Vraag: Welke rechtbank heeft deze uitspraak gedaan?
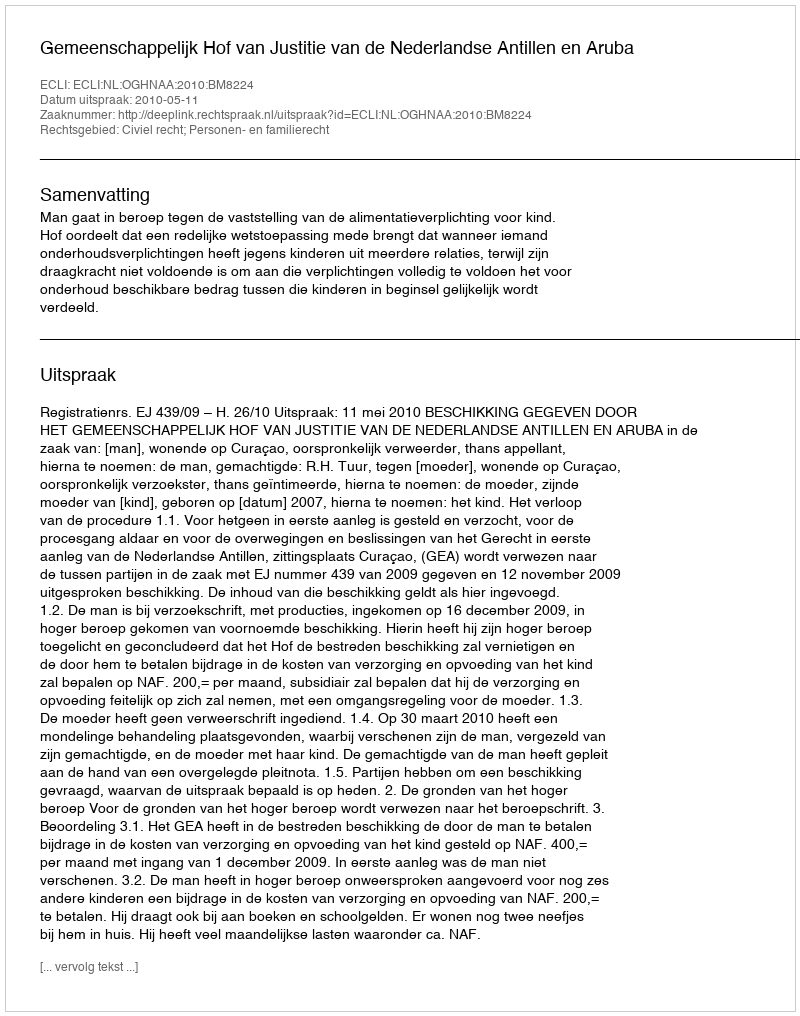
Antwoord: Gemeenschappelijk Hof van Justitie van de Nederlandse Antillen en Aruba